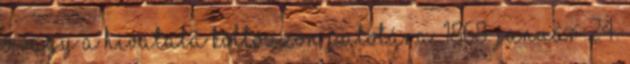
ő vagy a hivatala költözzön Palotára. 1868. január 24.